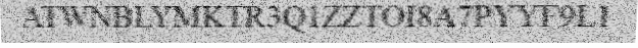
ATWNBLYMKTR3Q1ZZTOI8A7PYYF9L1